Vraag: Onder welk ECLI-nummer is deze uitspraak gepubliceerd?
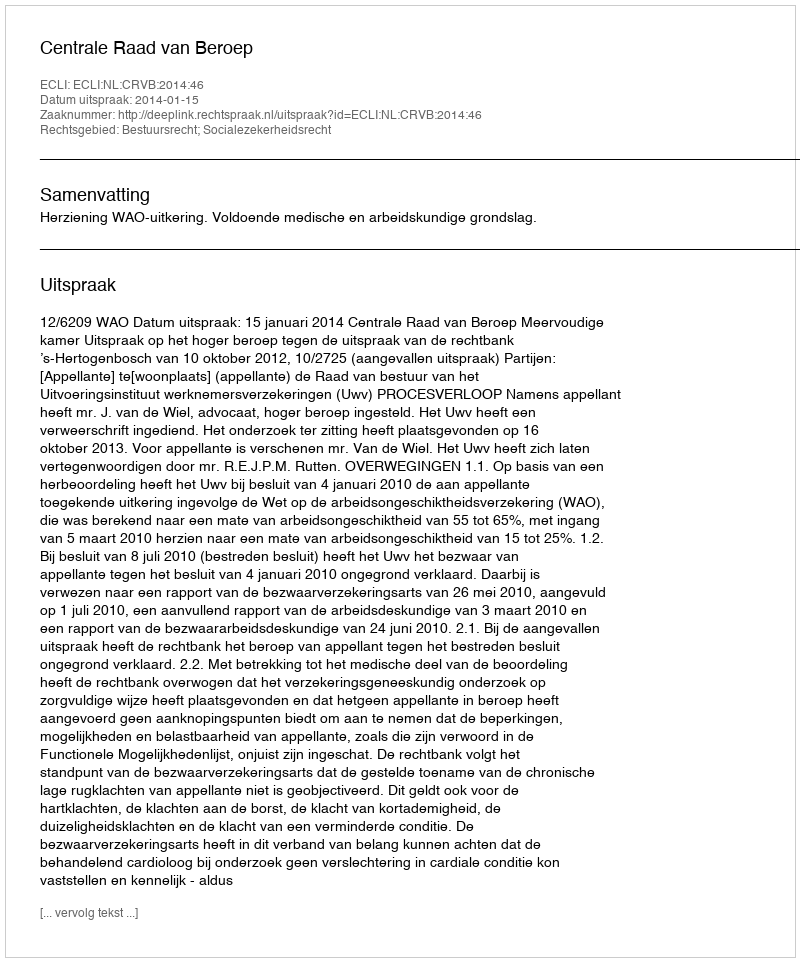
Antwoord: ECLI:NL:CRVB:2014:46